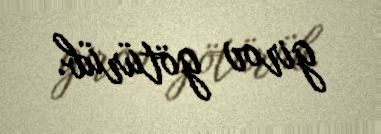
girov götürüb.